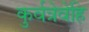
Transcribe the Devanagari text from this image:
कुर्वत्रेवेहि